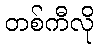
တစ်ကီလို